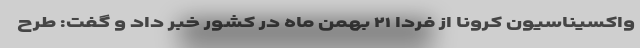
واکسیناسیون کرونا از فردا ۲۱ بهمن ماه در کشور خبر داد و گفت: طرح